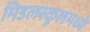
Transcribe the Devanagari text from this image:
मिडलस्कूलमध्ये